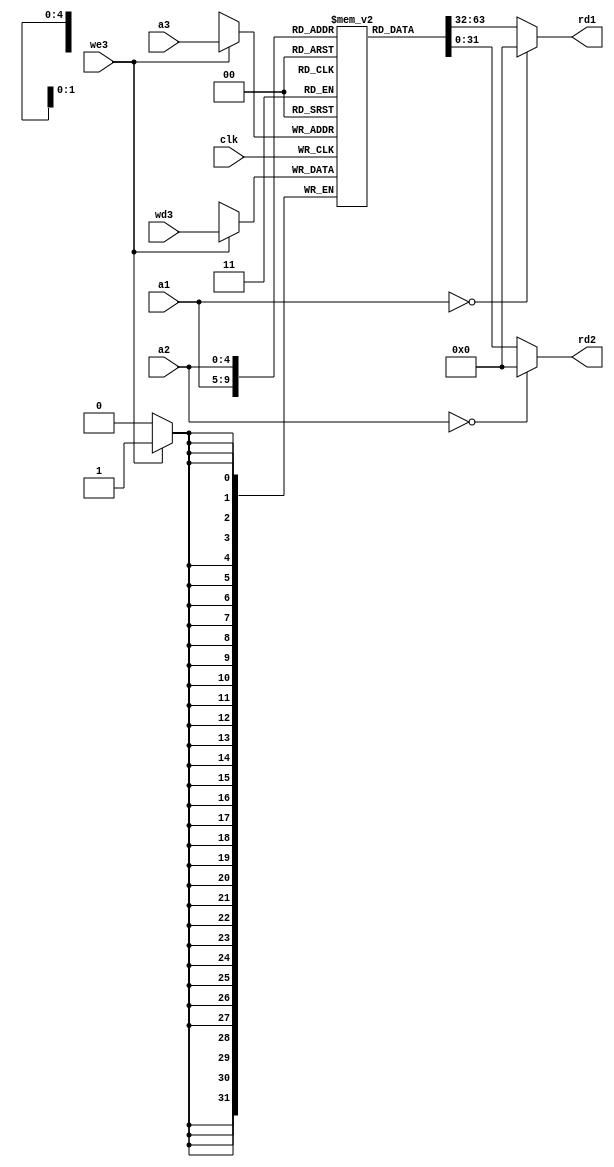
module regfile#(parameter N=5,M=32)(input clk,input [N-1:0]a1
											 ,input [N-1:0]a2
											 ,input [N-1:0]a3
											 ,input [M-1:0]wd3
											 ,input we3
											 ,output [M-1:0]rd1
											 ,output [M-1:0]rd2);
	
	reg [M-1:0]rf[2**N-1:0];
	always @(posedge clk)
	begin
		if(we3)begin
			rf[a3] <= wd3;
		end
	end
	
	assign rd1 = a1==0?0:rf[a1];
	assign rd2 = a2==0?0:rf[a2];
	
endmodule

module regfile_tb;

	parameter N=5,M=32;
	
	reg clk;
	reg [N-1:0]a1,a2,a3;
	reg [M-1:0]wd3;
	reg we3;
	
	wire [M-1:0] rd1,rd2;
	
	regfile #(N,M)DUT(.clk(clk),
							.a1(a1),
							.a2(a2),
							.a3(a3),
							.wd3(wd3),
							.we3(we3),
							.rd1(rd1),
							.rd2(rd2));
							
	initial
	begin
		clk = 0;
		
		a1 = 0;#10;
		$display("a1(0):%d",rd1);#10;
		
		a2 = 0;#10;
		$display("a2(0):%d",rd2);#10;
		
		wd3 = 100;a3=0;we3=1;#10;
		clk = 1;#10;
		clk = 0;#10;
		we3=0;#10;
		a1 = 0;#10;
		$display("a1(0):%d",rd1);#10;
		
		wd3 = 100;a3=3;we3=1;#10;
		clk = 1;#10;
		clk = 0;#10;
		we3=0;#10;
		a1 = 3;#10;
		$display("a1(3):%d",rd1);#10;
		
	end

endmodule